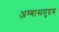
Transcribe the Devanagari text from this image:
अम्बासमुद्रम